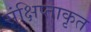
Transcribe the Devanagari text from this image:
संक्षिप्ताकृत